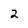
Character: 2